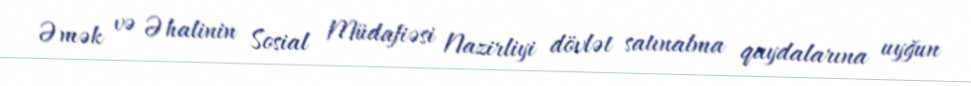
Əmək və Əhalinin Sosial Müdafiəsi Nazirliyi dövlət satınalma qaydalarına uyğun